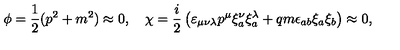
\phi = \frac { 1 } { 2 } ( p ^ { 2 } + m ^ { 2 } ) \approx 0 , \quad \chi = \frac { i } { 2 } \left( \varepsilon _ { \mu \nu \lambda } p ^ { \mu } \xi _ { a } ^ { \nu } \xi _ { a } ^ { \lambda } + q m \epsilon _ { a b } \xi _ { a } \xi _ { b } \right) \approx 0 ,